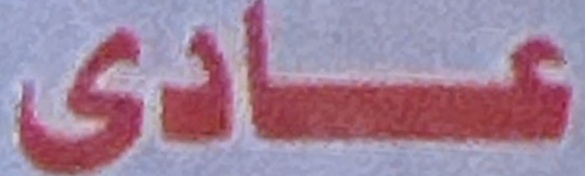
عادی